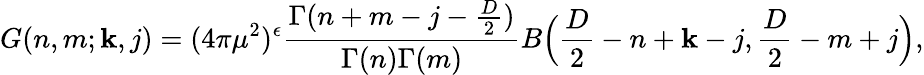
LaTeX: G(n,m;\mathbf{k},j)=(4\pi\mu^{2})^{\epsilon}\frac{{\Gamma(n+m-j-{\frac{{D}}{{2}}})}}{{\Gamma(n)\Gamma(m)}}B\Big(\frac{{D}}{{2}}-n+\mathbf{k}-j,\frac{{D}}{{2}}-m+j\Big),